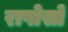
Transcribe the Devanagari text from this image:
रापोसो